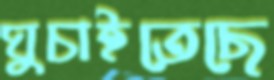
ঘুচাইতেছে